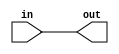
module bufg #(parameter tphl = 1, tplh = 1)
     (out,in);               
 input in;
 output out;
  
	bufif1 #(tplh, tphl) inst(out, in, 1'b1);
    
 endmodule